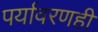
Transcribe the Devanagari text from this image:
पर्यावरणही